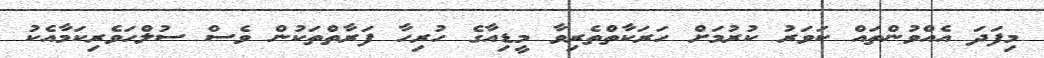
މިފަދަ އެއްވުންތައް ކަވަރު ކުރުމަށް ހަރަކާތްތެރިވާ މީޑިއާގެ ހުރިހާ ފަރާތްތަކުން ވެސް ސުލްހަވެރިކަމާއެކު